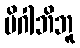
မိဂါဘိဘူ